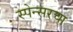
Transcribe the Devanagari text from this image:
स्पेन्सरचा